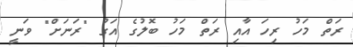
ރަތް މަހު ރިހަ އާއި ރަތް މަހު ބޮލުގެ އަގު "ރަނަށް" ވަނީ